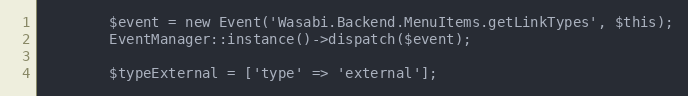
Language: PHP
        $event = new Event('Wasabi.Backend.MenuItems.getLinkTypes', $this);
        EventManager::instance()->dispatch($event);

        $typeExternal = ['type' => 'external'];